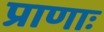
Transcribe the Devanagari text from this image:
प्राणाः